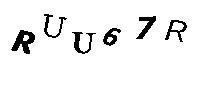
RUU67R